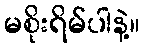
မစိုးရိမ်ပါနဲ့။